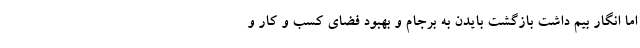
اما انگار بیم داشت بازگشت بایدن به برجام و بهبود فضای کسب و کار و